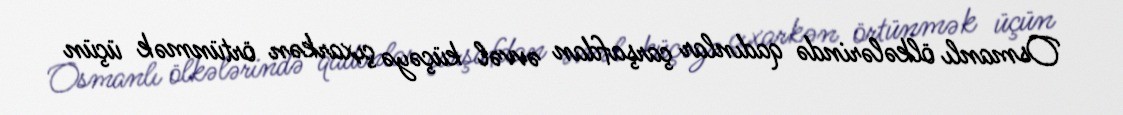
Osmanlı ölkələrində qadınlar çarşafdan əvvəl küçəyə çıxarkən örtünmək üçün